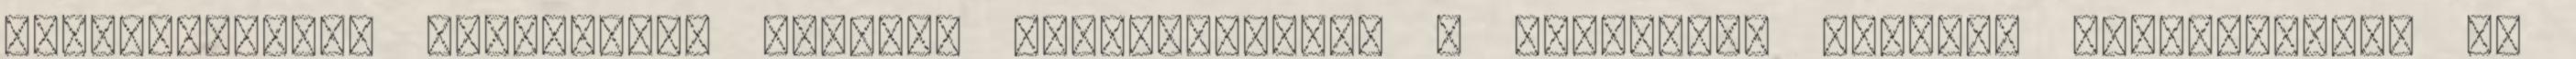
matematikában tehetséges gyermek jelentkezett. A versenybe először kapcsolódott be